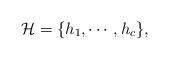
LaTeX: \begin{align*} \mathcal{H} = \{h_1,\cdots,h_c\},\end{align*}